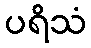
ပရိသံ